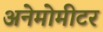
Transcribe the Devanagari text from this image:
अनेमोमीटर